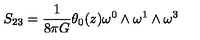
S _ { 2 3 } = \frac { 1 } { 8 { \pi } G } { \theta } _ { 0 } ( z ) { \omega } ^ { 0 } \wedge { \omega } ^ { 1 } \wedge { \omega } ^ { 3 }